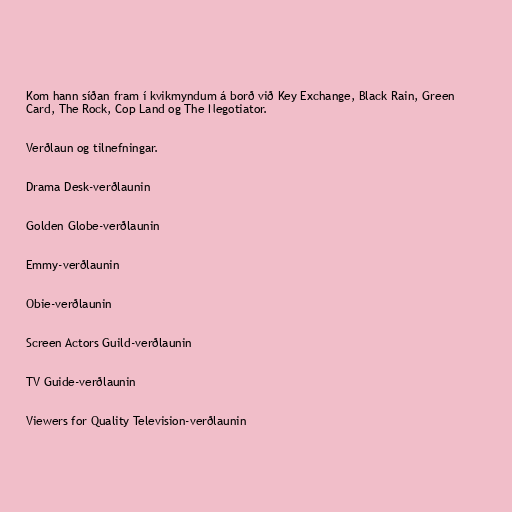
Kom hann síðan fram í kvikmyndum á borð við Key Exchange, Black Rain, Green
Card, The Rock, Cop Land og The Negotiator.

Verðlaun og tilnefningar.

Drama Desk-verðlaunin

Golden Globe-verðlaunin

Emmy-verðlaunin

Obie-verðlaunin

Screen Actors Guild-verðlaunin

TV Guide-verðlaunin

Viewers for Quality Television-verðlaunin